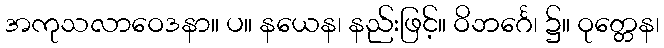
အကုသလာဝေဒနာ။ ပ။ နယေန၊ နည်းဖြင့်။ ဝိဘင်္ဂေ၊ ၌။ ဝုတ္တေန၊